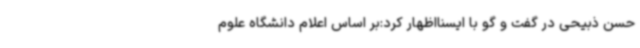
حسن ذبیحی در گفت و گو با ایسنااظهار کرد:بر اساس اعلام دانشگاه علوم